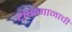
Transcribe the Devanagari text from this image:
यक्षगानाची